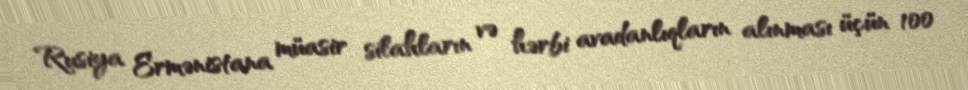
Rusiya Ermənistana müasir silahların və hərbi avadanlıqların alınması üçün 100